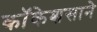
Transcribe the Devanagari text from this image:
कॉकेशसाने